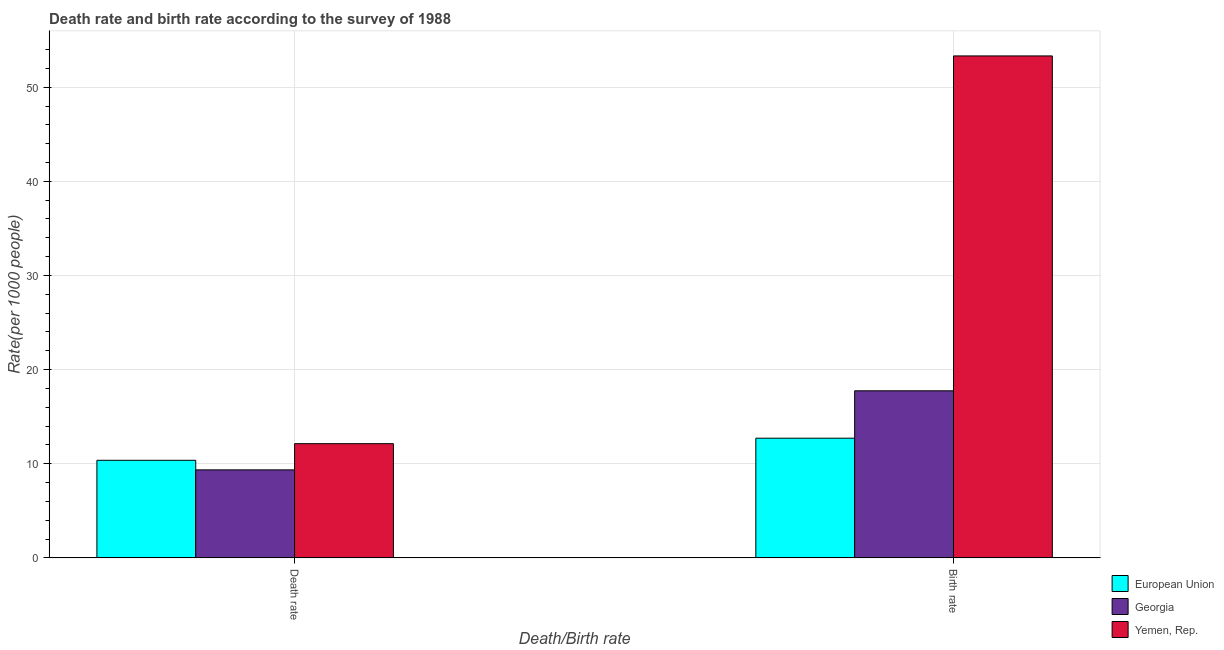
| Death/Birth rate | European Union | Georgia | Yemen, Rep. |
 | --- | --- | --- | --- |
 | Death rate | 10.4 | 9.35 | 12.1 |
 | Birth rate | 12.7 | 17.7 | 53.3 |